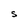
Character: S